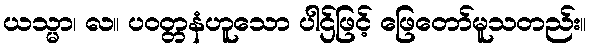
ယသ္မာ၊ လ။ ပဝတ္တနံဟူသော ပါဌ်ဖြင့် ဖြေတော်မူသတည်း။